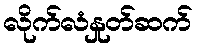
လိုက်လံနှုတ်ဆက်